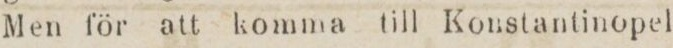
Men för att komma till Konstantinopel